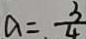
a = \frac { 3 } { 4 }